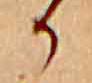
か